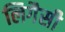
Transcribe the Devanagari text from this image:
लिगैसी